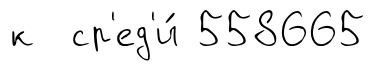
к ср'ед'и́ 558665